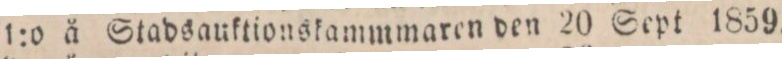
1:o ä Stadsauktionskammaren den 20 Sept 1859.